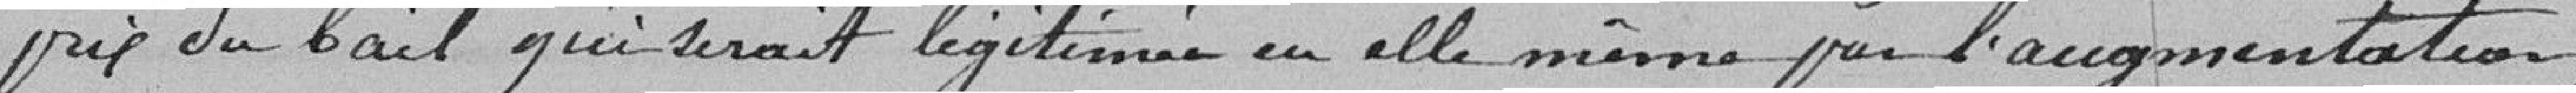
prix du bail qui serait légitimée en elle-même par l'augmentation